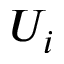
U _ { i }